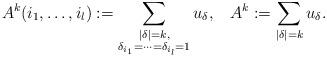
LaTeX: \begin{align*}A^{k}(i_{1},\dots,i_{l}):=\sum_{\substack{|\delta|=k,\\\delta_{i_{1}}=\cdots=\delta_{i_{l}}=1}}u_{\delta},\;\;\;A^{k}:=\sum_{|\delta|=k}u_{\delta}.\end{align*}